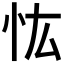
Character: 𢗞